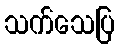
သက်သေပြ